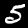
Label: 5